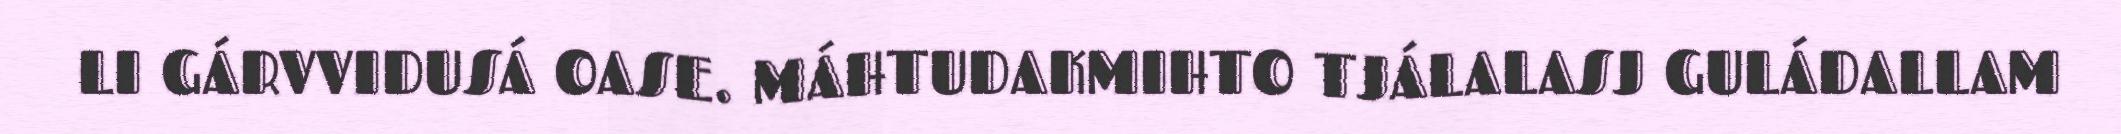
LI GÁRVVIDUSÁ OASE. MÁHTUDAKMIHTO TJÁLALASJ GULÁDALLAM